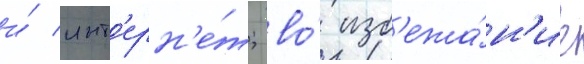
и́ инт'ерн'е́т; во́ изб'ежа́н'ие